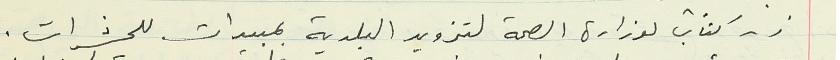
ز - كتاب لوزارة الصحة لتزويد البلدية بمبيدات للحشرات .